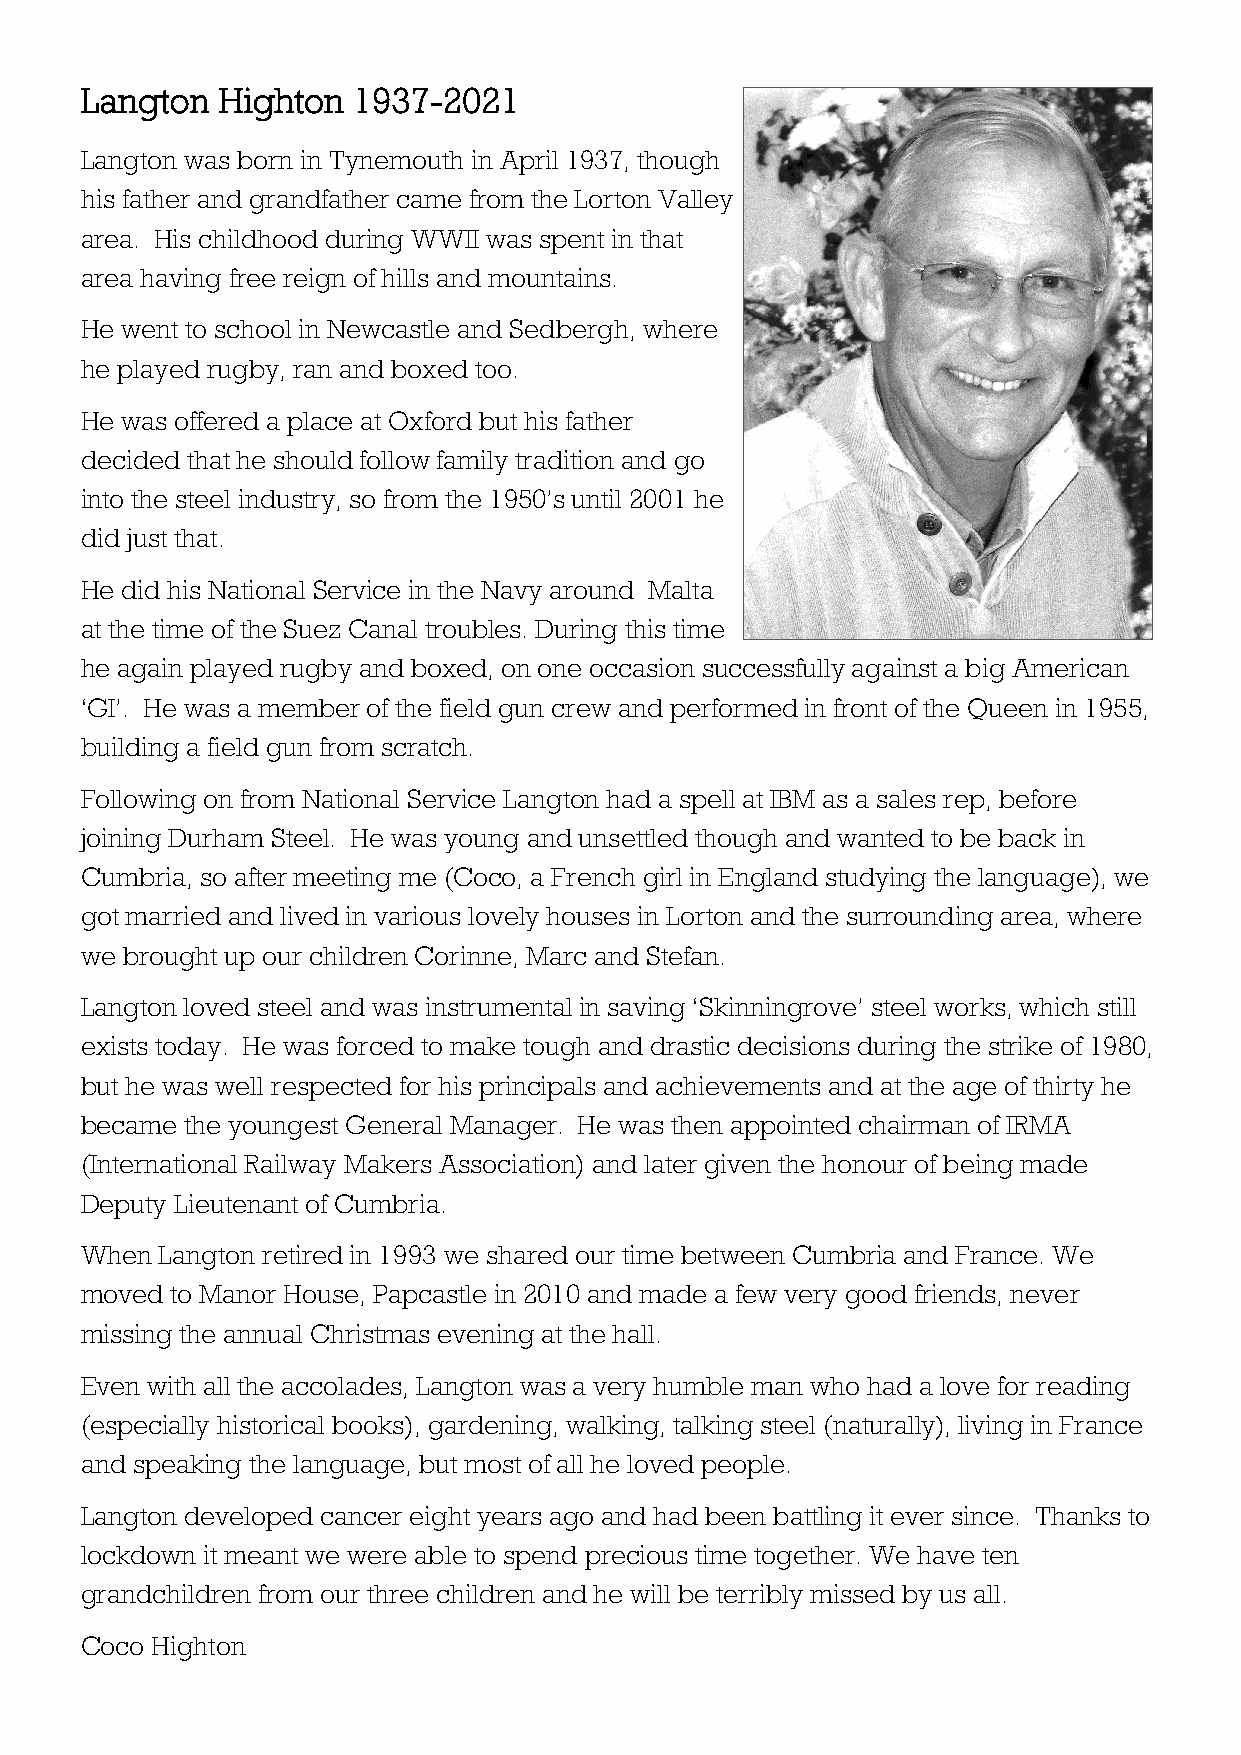
Langton  Highton  1937-2021
 Langton was born in Tynemouth in April 1937, though
 his father and grandfather came from the Lorton Valley
 area. His childhood during WWII was spent in that
 area having free reign of hills and mountains.
 He went to school in Newcastle and Sedbergh, where
 he played rugby, ran and boxed too.
 He was offered a place at Oxford but his father
 decided that he should follow family tradition and go
 into the steel industry, so from the 1950’s until 2001 he
 did just that.
 He did his National Service in the Navy around Malta
 at the time of the Suez Canal troubles. During this time
 he again played rugby and boxed, on one occasion successfully against a big American
 ‘GI’. He was a member of the field gun crew and performed in front of the Queen in 1955,
 building a field gun from scratch.
 Following on from National Service Langton had a spell at IBM as a sales rep, before
 joining Durham Steel. He was young and unsettled though and wanted to be back in
 Cumbria, so after meeting me (Coco, a French girl in England studying the language), we
 got married and lived in various lovely houses in Lorton and the surrounding area, where
 we brought up our children Corinne, Marc and Stefan.
 Langton loved steel and was instrumental in saving ‘Skinningrove’ steel works, which still
 exists today. He was forced to make tough and drastic decisions during the strike of 1980,
 but he was well respected for his principals and achievements and at the age of thirty he
 became the youngest General Manager. He was then appointed chairman of IRMA
 (International Railway Makers Association) and later given the honour of being made
 Deputy Lieutenant of Cumbria.
 When  Langton retired in 1993 we shared our time between Cumbria and France. We
 moved to Manor House, Papcastle in 2010 and made a few very good friends, never
 missing the annual Christmas evening at the hall.
 Even with all the accolades, Langton was a very humble man who had a love for reading
 (especially historical books), gardening, walking, talking steel (naturally), living in France
 and speaking the language, but most of all he loved people.
 Langton developed cancer eight years ago and had been battling it ever since. Thanks to
 lockdown it meant we were able to spend precious time together. We have ten
 grandchildren from our three children and he will be terribly missed by us all.
 Coco Highton